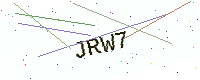
Text: JRW7